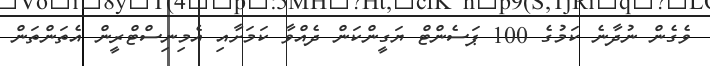
ވެގެން ނުދާނެ ކަމުގެ 100 ޕަސެންޓް ޔަގީންކަން ދެއްވާ ކަމަށާއި އެމިނިސްޓްރީން އެތަންތަން